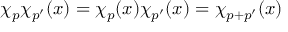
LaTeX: \chi _ { p } \chi _ { p ^ { \prime } } ( x ) = \chi _ { p } ( x ) \chi _ { p ^ { \prime } } ( x ) = \chi _ { p + p ^ { \prime } } ( x )